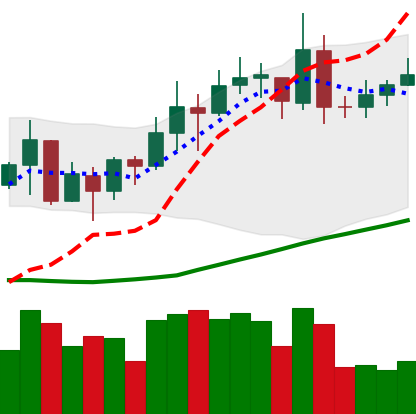
Ticker: XMR-USD
Chart end date: 2020-07-20
Forward return: 5.987%
Label: up_5_7